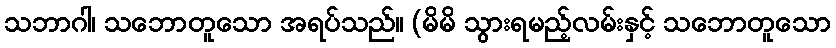
သဘာဂါ၊ သဘောတူသော အရပ်သည်။ (မိမိ သွားရမည့်လမ်းနှင့် သဘောတူသော